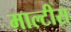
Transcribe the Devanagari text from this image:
माल्टीस